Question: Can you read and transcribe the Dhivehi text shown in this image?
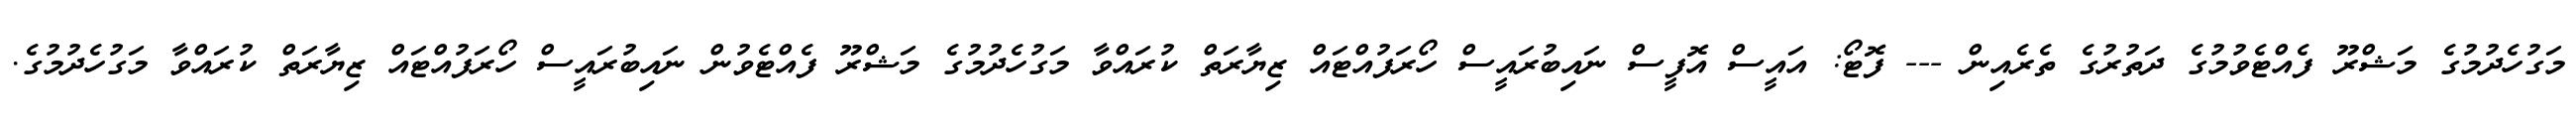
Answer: މަގުހެދުމުގެ މަޝްރޫ ފެއްޓެވުމުގެ ދަތުރުގެ ތެރެއިން --- ފޮޓޯ: އައީސް އޮފީސް ނައިބުރައީސް ހޯރަފުއްޓައް ޒިޔާރަތް ކުރައްވާ މަގުހެދުމުގެ މަޝްރޫ ފެއްޓެވުން ނައިބުރައީސް ހޯރަފުއްޓައް ޒިޔާރަތް ކުރައްވާ މަގުހެދުމުގެ.